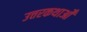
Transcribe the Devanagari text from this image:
उत्तरकथाओँ